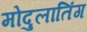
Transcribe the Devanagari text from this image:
मोदुलातिंग